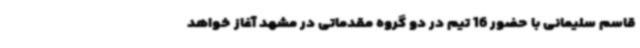
قاسم سلیمانی با حضور 16 تیم در دو گروه مقدماتی در مشهد آغاز خواهد